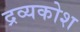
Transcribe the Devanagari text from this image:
द्रव्यकोश